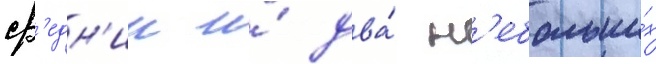
ср'едн'ии и́ два́ н'ебольши́х